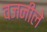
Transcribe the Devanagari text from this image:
वजनीले